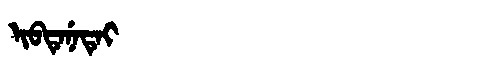
Manchu: ᡳᠪᡨᡝᠨᡝᡨᡝᡳ
Romanization: IBTENETEI